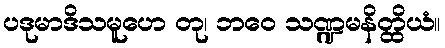
ပဒုမာဒိသမူဟေ တု၊ ဘဝေ သဏ္ဍမနိတ္ထိယံ။